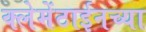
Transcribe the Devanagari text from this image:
क्लेमेंटाईनच्या